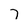
Character: 7